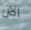
الآن